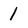
Character: 1